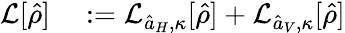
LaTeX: \begin{array}{rl}{\mathcal{L}[\hat{\rho}]}&{{}:=\mathcal{L}_{\hat{a}_{H},\kappa}[\hat{\rho}]+\mathcal{L}_{\hat{a}_{V},\kappa}[\hat{\rho}]}\end{array}